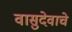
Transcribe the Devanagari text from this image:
वासुदेवाचे